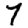
Digit: 7